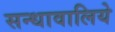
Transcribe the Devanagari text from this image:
सन्धावालिये